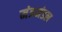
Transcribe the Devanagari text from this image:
मंत्रमंडल